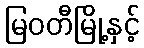
မြဝတီမြို့နှင့်